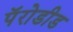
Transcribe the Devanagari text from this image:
पॅरोडीड